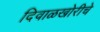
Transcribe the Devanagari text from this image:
दिवाळखोरीचे